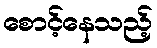
စောင့်နေသည့်